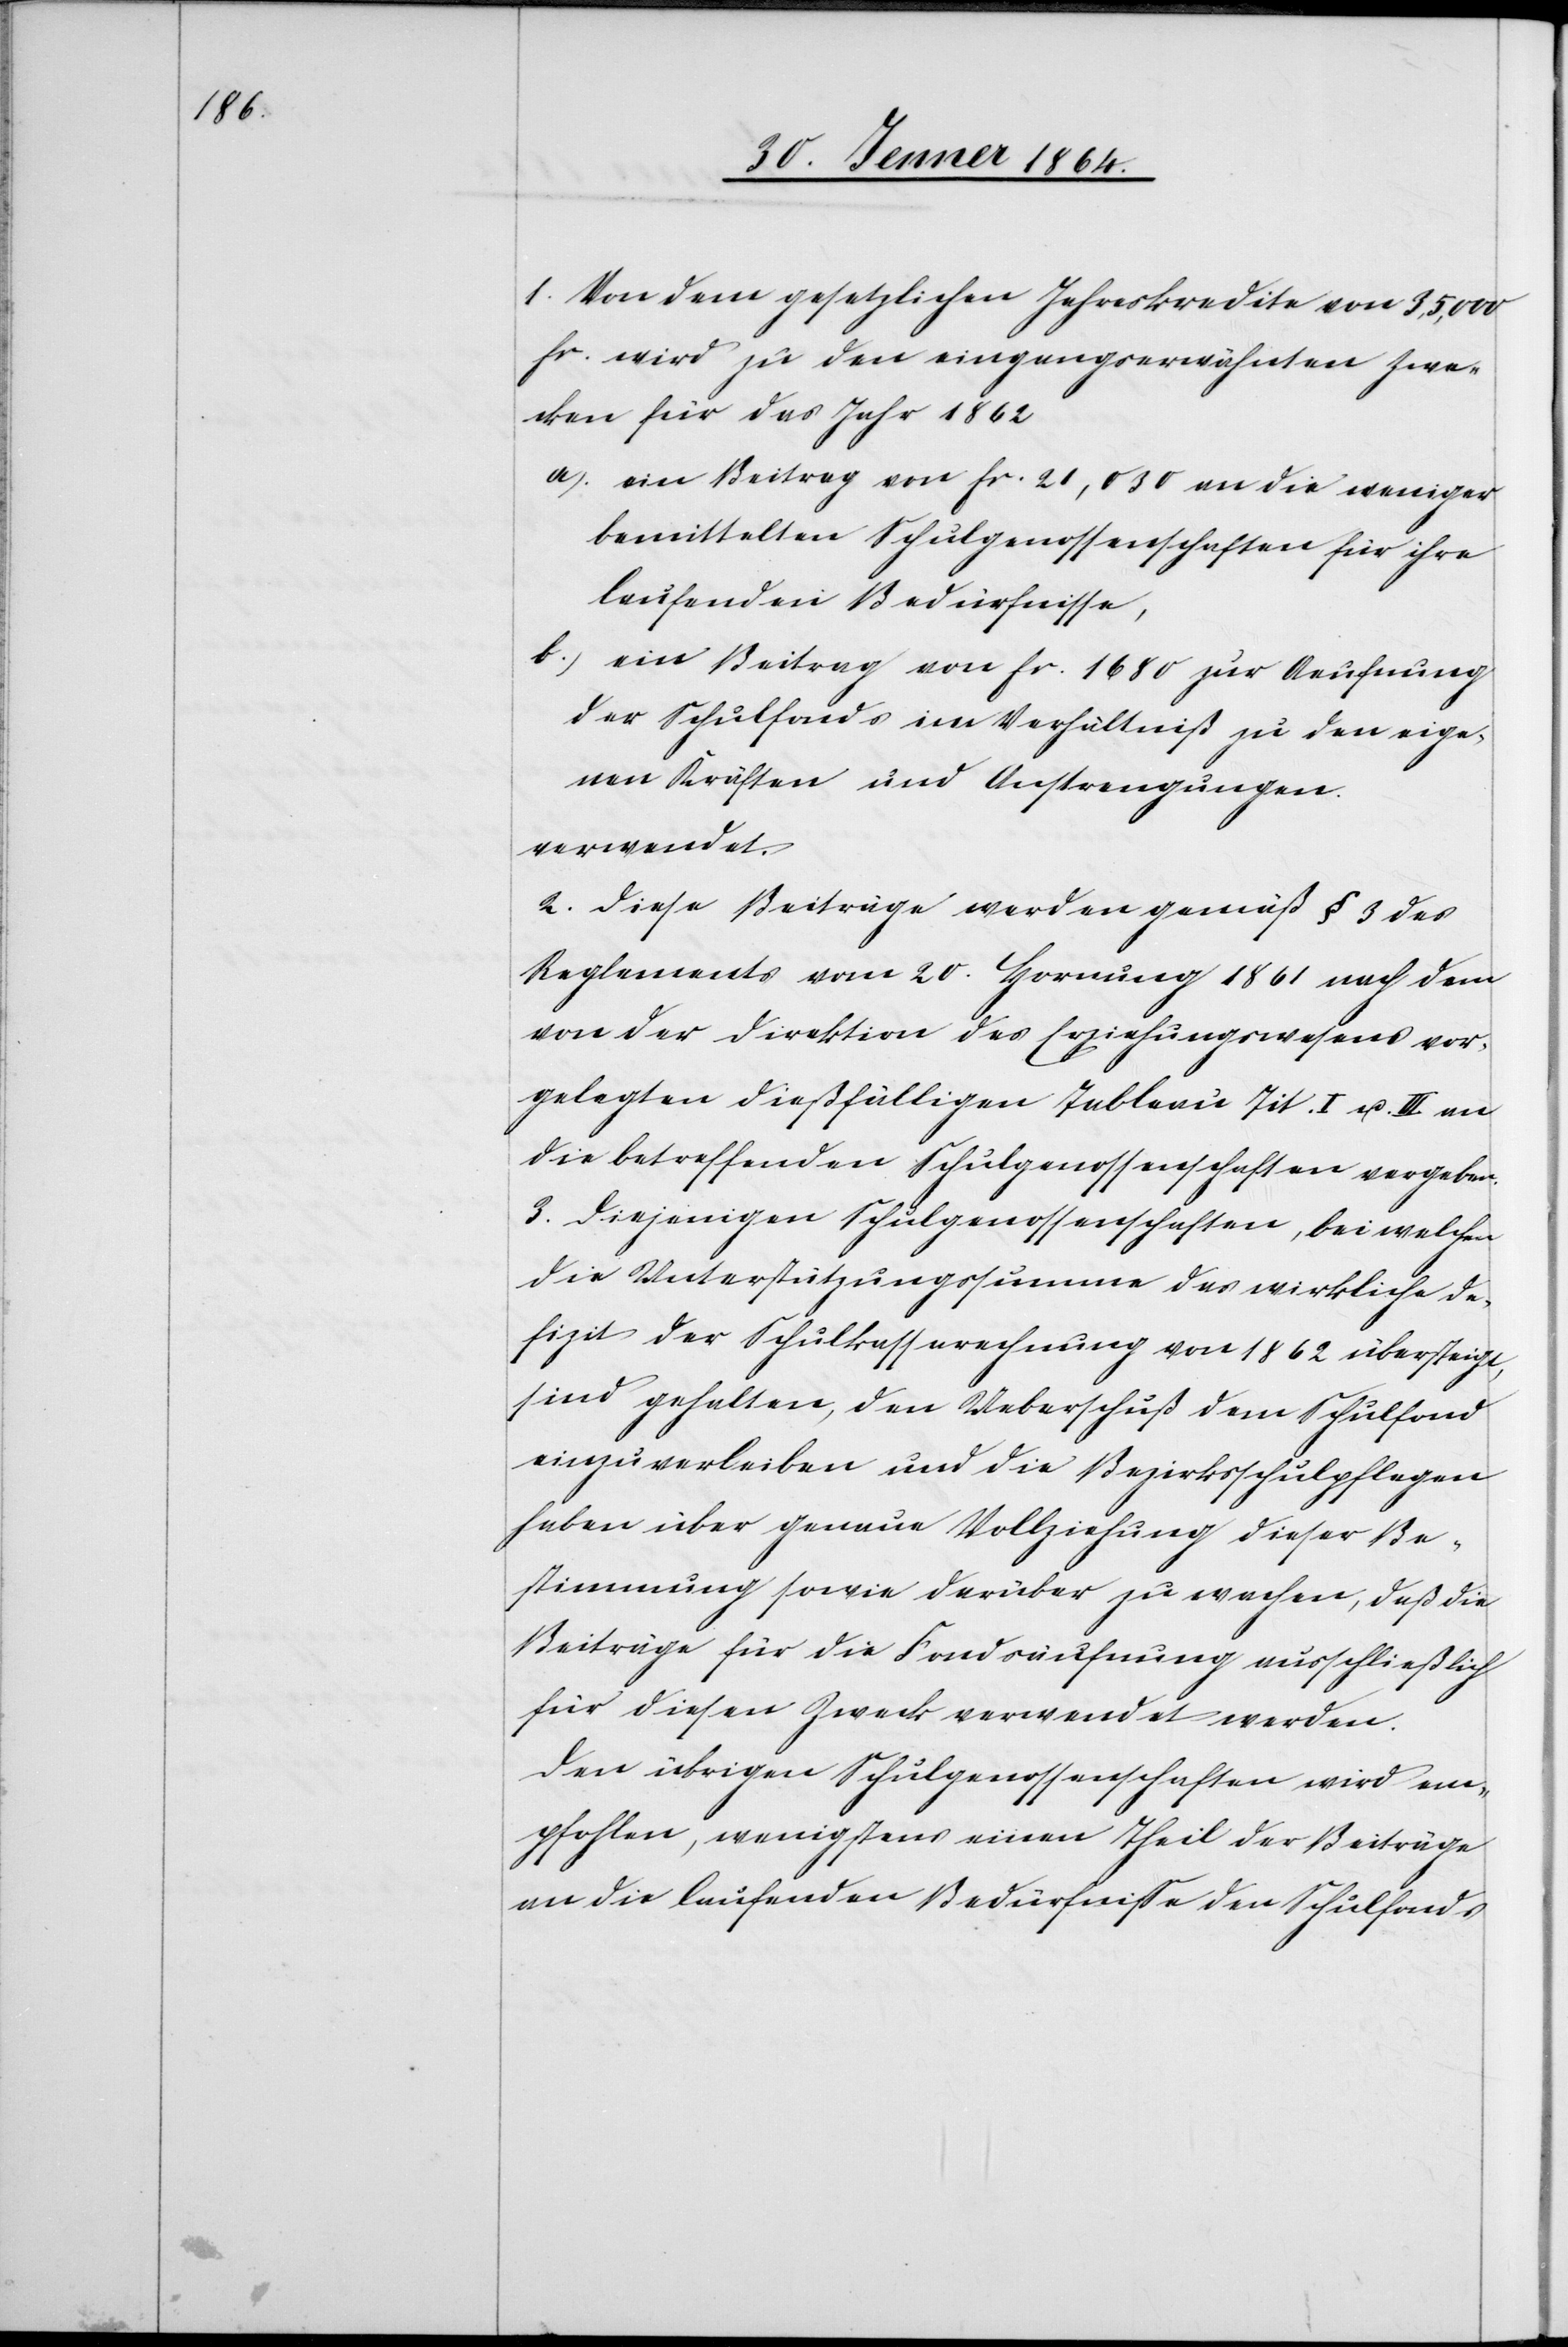
1. Von dem gesetzlichen Jahreskredite von 35,000
fr. wird zu den eingangserwähnten Zwe¬
cken für das Jahr 1862
ein Beitrag von fr. 21,030 an die weniger
bemittelten Schulgenossenschaften für ihre
laufenden Bedürfnisse,
ein Beitrag von fr. 1680 zur Aeufnung
der Schulfonds im Verhältniß zu den eige¬
nen Kräften und Anstrengungen
verwendet.
2. Diese Beiträge werden gemäß § 3 des
Reglements vom 20. Hornung 1861 nach dem
von der Direktion des Erziehungswesens vor¬
gelegten dießfälligen Tableau Tit. I u. III. an
die betreffenden Schulgenossenschaften vergeben.
3. Diejenigen Schulgenossenschaften, bei welchen
die Unterstützungssumme das wirkliche De¬
fizit der Schulkassarechnung von 1862 übersteigt,
sind gehalten, den Ueberschuß dem Schulfond
einzuverleiben und die Bezirksschulpflegen
haben über genaue Vollziehung dieser Be¬
stimmung sowie darüber zu wachen, daß die
Beiträge für die Fondsäufnung ausschließlich
für diesen Zweck verwendet werden.
Den übrigen Schulgenossenschaften wird em¬
pfohlen, wenigstens einen Theil der Beiträge
an die laufenden Bedürfnisse den Schulfonds